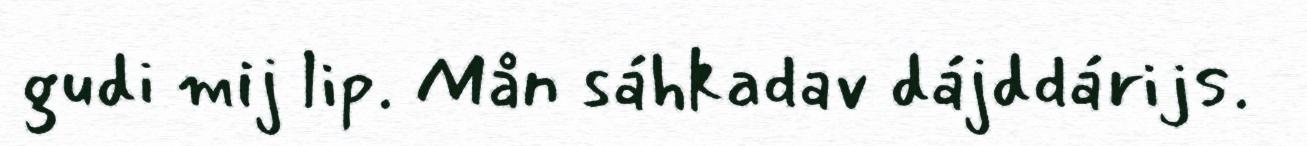
gudi mij lip. Mån sáhkadav dájddárijs.